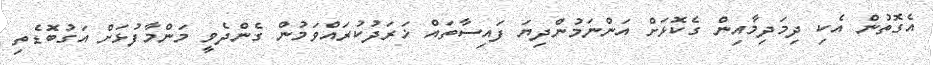
އެގޮތުން އެކި ދިމަދިމާއިން ގެކޮޅަށް އަންނަމުންދިޔަ ފައިސާތައް ޚަރަދުކުރައްވަމުން ގެންދެވީ މަންމާފުޅަށް އަގުބޮޑެތި